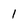
Character: I